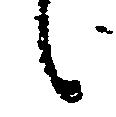
候